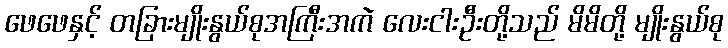
ဖေဖေနှင့် တခြားမျိုးနွယ်စုအကြီးအကဲ လေးငါးဦးတို့သည် မိမိတို့ မျိုးနွယ်စု